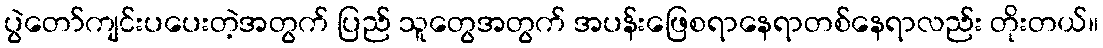
ပွဲတော်ကျင်းပပေးတဲ့အတွက် ပြည် သူတွေအတွက် အပန်းဖြေစရာနေရာတစ်နေရာလည်း တိုးတယ်။